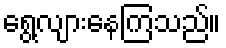
ရွေ့လျားနေကြသည်။